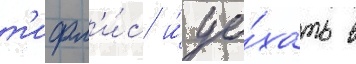
т'ифл'и́с и́ уе́хать в